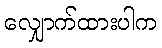
လျှောက်ထားပါက